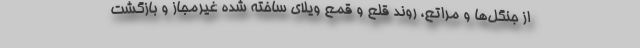
از جنگل‌ها و مراتع، روند قلع و قمع ویلای ساخته شده غیرمجاز و بازگشت